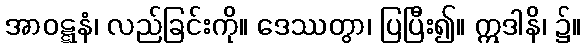
အာဝဋ္ဋနံ၊ လည်ခြင်းကို။ ဒေဿတွာ၊ ပြပြီး၍။ ဣဒါနိ၊ ၌။